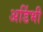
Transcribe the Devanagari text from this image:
अडिंभी